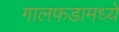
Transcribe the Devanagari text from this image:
गालफडामध्ये